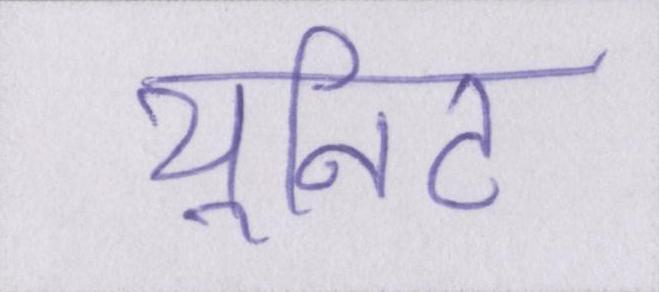
यूनिट